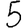
Digit: 5